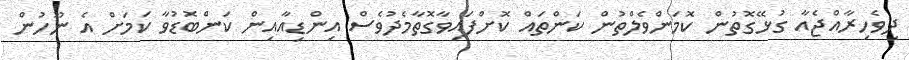
ދިވެހިރާއްޖެއާ ގުޅޭގޮތުން ކޮމަންވެލްތުން ކަންތައް ކޮށްފައިވާގޮތާމެދުވެސް އިންޑިއާއިން ކަންބޮޑުވާ ކަމަށް އެ ނޫހުން